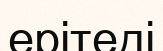
ерітеді